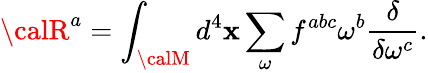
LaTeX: {\calR}^{a}=\int_{\calM}d^{4}\mathbf{x}\sum_{\omega}f^{abc}\omega^{b}\frac{{\delta}}{{\delta\omega^{c}}}.